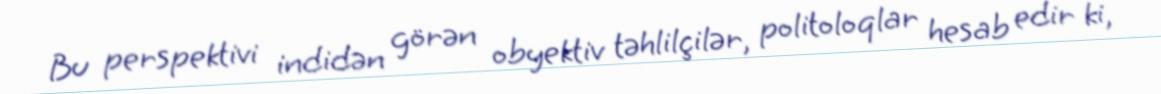
Bu perspektivi indidən görən obyektiv təhlilçilər, politoloqlar hesab edir ki,